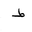
Letter: _da